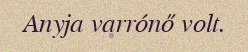
Anyja varrónő volt.